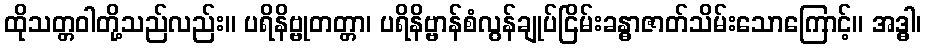
ထိုသတ္တဝါတို့သည်လည်း။ ပရိနိဗ္ဗုတတ္တာ၊ ပရိနိဗ္ဗာန်စံလွန်ချုပ်ငြိမ်းခန္ဓာဇာတ်သိမ်းသောကြောင့်။ အဒ္ဓါ၊